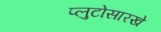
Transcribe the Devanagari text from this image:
प्लुटोसारखे